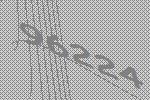
96224